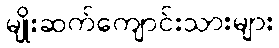
မျိုးဆက်ကျောင်းသားများ